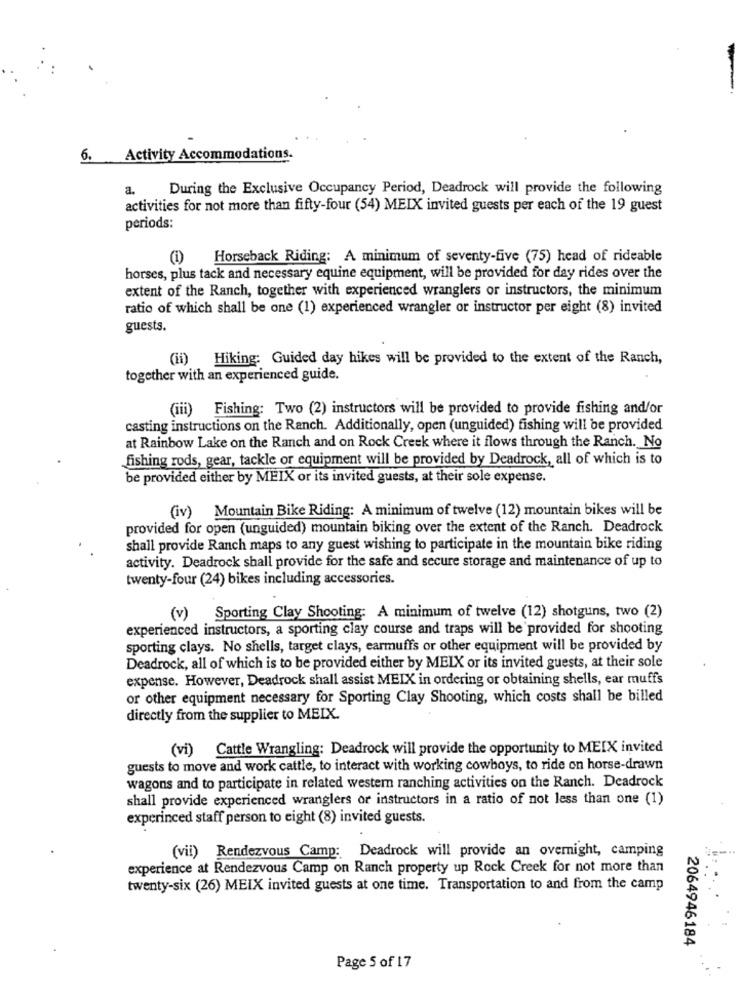
6. Activity Accommodations.
a.
During the Exclusive Occupancy Period, Deadrock will provide the following
activities for not more than fifty-four (54) MEIX invited guests per each of the 19 guest
periods:
(1)
Horseback Riding: A minimum of seventy-five (75) head of rideable
horses, plus tack and necessary equine equipment, will be provided for day rides over the
extent of the Ranch, together with experienced wranglers or instructors, the minimum
ratio of which shall be one (1) experienced wrangler or instructor per eight (8) invited
guests.
(ii)
Hiking: Guided day hikes will be provided to the extent of the Ranch,
together with an experienced guide.
(iii) Fishing: Two (2) instructors will be provided to provide fishing and/or
casting instructions on the Ranch. Additionally, open (unguided) fishing will be provided
at Rainbow Lake on the Ranch and on Rock Creek where it flows through the Ranch. No
fishing rods, gear, tackle or equipment will be provided by Deadrock, all of which is to
be provided either by MEIX or its invited guests, at their sole expense.
(iv) Mountain Bike Riding: A minimum of twelve (12) mountain bikes will be
provided for open (unguided) mountain biking over the extent of the Ranch. Deadrock
shall provide Ranch maps to any guest wishing to participate in the mountain bike riding
activity. Deadrock shall provide for the safe and secure storage and maintenance of up to
twenty-four (24) bikes including accessories.
( v )
Sporting Clay Shooting: A minimum of twelve (12) shotguns, two (2)
experienced instructors, a sporting clay course and traps will be provided for shooting
sporting clays. No shells, target clays, earmuffs or other equipment will be provided by
Deadrock, all of which is to be provided either by MEIX or its invited guests, at their sole
expense. However, Deadrock shall assist MEIX in ordering or obtaining shells, ear muffs
or other equipment necessary for Sporting Clay Shooting, which costs shall be billed
directly from the supplier to MEIX.
(vi) Cattle Wrangling: Deadrock will provide the opportunity to MEIX invited
guests to move and work cattle, to interact with working cowboys, to ride on horse-drawn
wagons and to participate in related western ranching activities on the Ranch. Deadrock
shall provide experienced wranglers or instructors in a ratio of not less than one (1)
experinced staff person to eight (8) invited guests.
(vii) Rendezvous Camp: Deadrock will provide an overnight, camping
experience at Rendezvous Camp on Ranch property up Rock Creek for not more than
twenty-six (26) MEIX invited guests at one time. Transportation to and from the camp
2064946184
Page 5 of 17